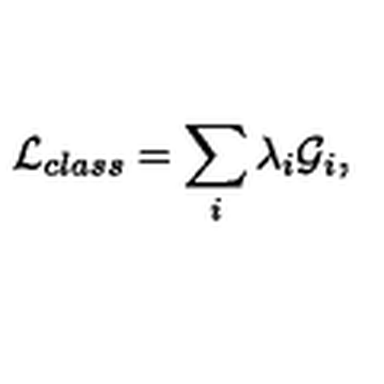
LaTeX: { \cal L } _ { c l a s s } = \sum _ { i } \lambda _ { i } { \cal G } _ { i } ,